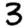
Digit: 3